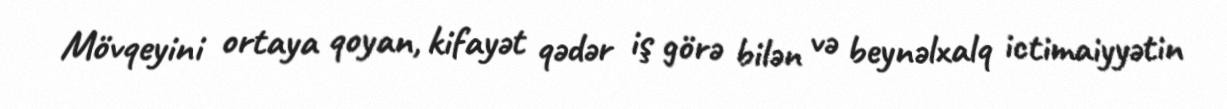
Mövqeyini ortaya qoyan, kifayət qədər iş görə bilən və beynəlxalq ictimaiyyətin